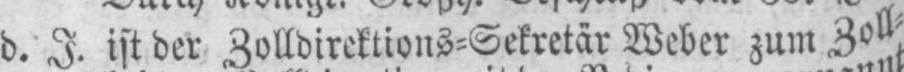
d. J. ist der Zolldirektions⸗Sekretär Weber zum Zoll⸗